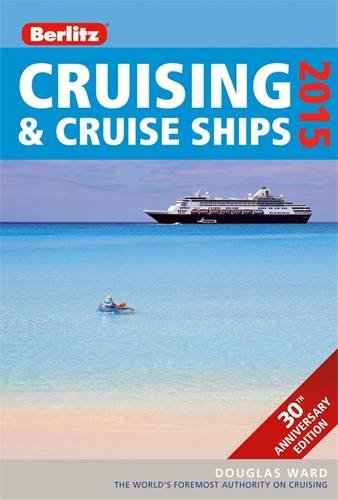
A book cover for Berlitz Cruising & Cruise Ships 2015 (Berlitz Cruising and Cruise Ships); Douglas Ward; Travel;